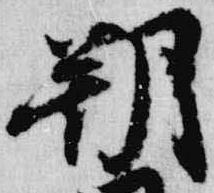
朔